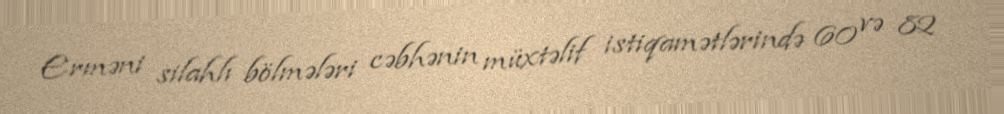
Erməni silahlı bölmələri cəbhənin müxtəlif istiqamətlərində 60 və 82